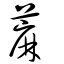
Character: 蔴